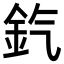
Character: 𨥊